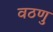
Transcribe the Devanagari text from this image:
वठणु